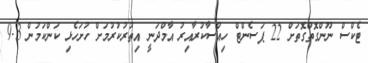
ޓެކްސް ނޫންގޮތްގޮތަށް 22 ޕަސެންޓް ހިއްސާކުރާއިރު އާމްދަނީ އިތުރުކުރުމަށް ހުށަހެޅި ކަންކަމުން 9.3